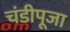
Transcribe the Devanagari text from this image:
चंडीपूजा